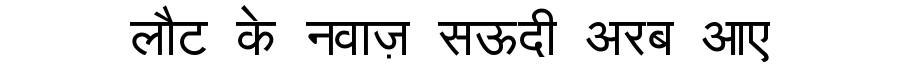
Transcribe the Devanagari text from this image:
लौट के नवाज़ सऊदी अरब आए